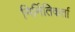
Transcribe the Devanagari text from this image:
निर्मितिकर्ता